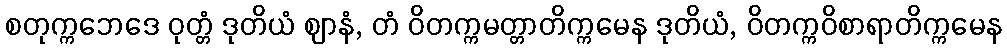
စတုက္ကဘေဒေ ဝုတ္တံ ဒုတိယံ ဈာနံ, တံ ဝိတက္ကမတ္တာတိက္ကမေန ဒုတိယံ, ဝိတက္ကဝိစာရာတိက္ကမေန